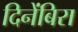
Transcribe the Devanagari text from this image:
दिनेंबिरा